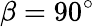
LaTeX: \beta=90^{\circ}